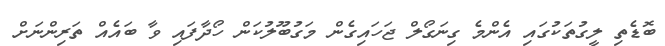
ބޮޑެތި ލީގުތަކުގައި އެންމެ ގިނަގޯލް ޖަހައިގެން މަގުބޫލުކަން ހޯދާފައި ވާ ބައެއް ތަރިންނަށް